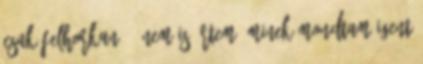
csak felhorkan. - Nem is értem, minek mondtam igent